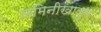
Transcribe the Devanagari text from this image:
जमिनीखालुन